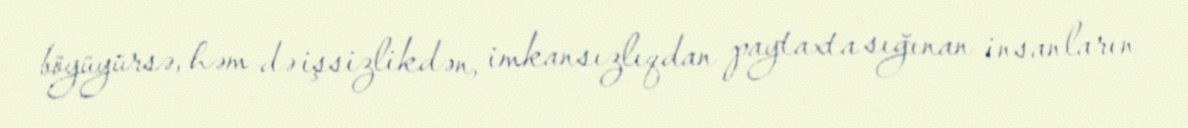
böyüyürsə, həm də işsizlikdən, imkansızlıqdan paytaxta sığınan insanların